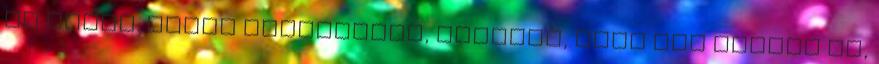
jó ember. Mikor hazajöttem, mondták, csak ide kapjak be,